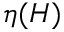
\eta ( H )